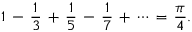
1 \, - \, { \frac { 1 } { 3 } } \, + \, { \frac { 1 } { 5 } } \, - \, { \frac { 1 } { 7 } } \, + \, \cdots \, = \, { \frac { \pi } { 4 } } .